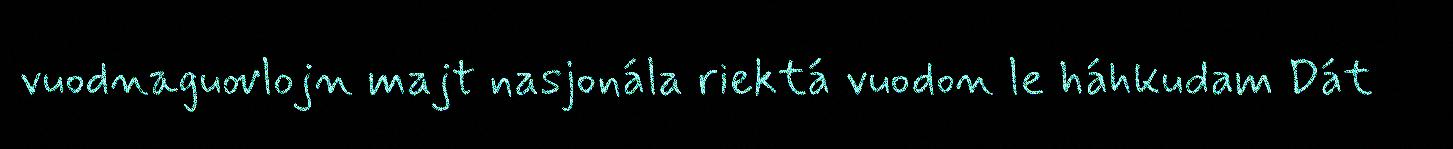
vuodnaguovlojn majt nasjonála riektá vuodon le háhkudam Dát